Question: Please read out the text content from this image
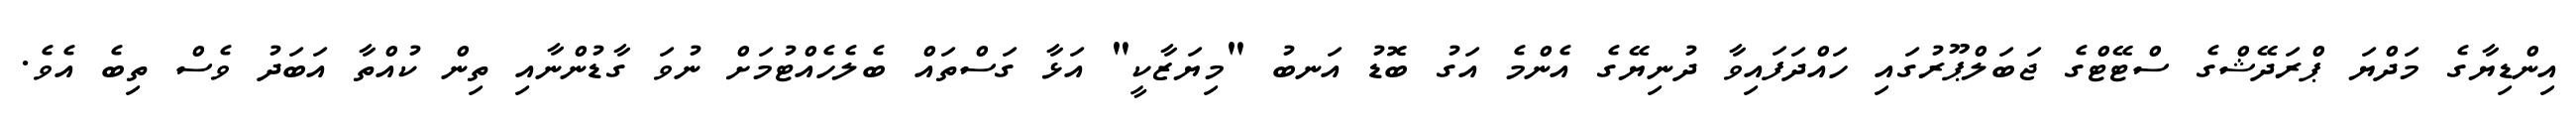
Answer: އިންޑިޔާގެ މަދްޔަ ޕްރަދޭޝްގެ ސްޓޭޓްގެ ޖަބަލްޕޫރުގައި ހައްދަފައިވާ ދުނިޔޭގެ އެންމެ އަގު ބޮޑު އަނބު "މިޔަޒާކީ" އަޅާ ގަސްތައް ބެލެހެއްޓުމަށް ނުވަ ގާޑުންނާއި ތިން ކުއްތާ އަބަދު ވެސް ތިބެ އެވެ.